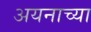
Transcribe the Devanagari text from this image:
अयनाच्या